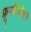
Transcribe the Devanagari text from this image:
फ्रूजीवोरस